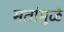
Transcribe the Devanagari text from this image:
मतांमुळे